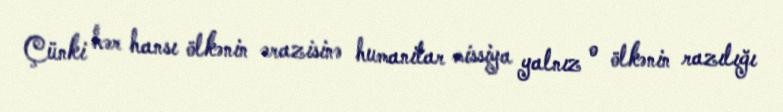
Çünki hər hansı ölkənin ərazisinə humanitar missiya yalnız o ölkənin razılığı